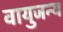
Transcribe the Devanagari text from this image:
वायुजन्य